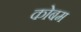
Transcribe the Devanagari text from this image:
कोबम